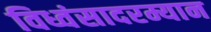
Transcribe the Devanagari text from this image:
विध्वंसादरम्यान